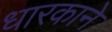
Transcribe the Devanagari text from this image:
धारकाने